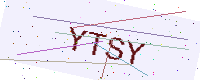
Text: YTSY